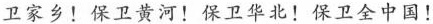
卫家乡！保卫黄河！保卫华北！保卫全中国！